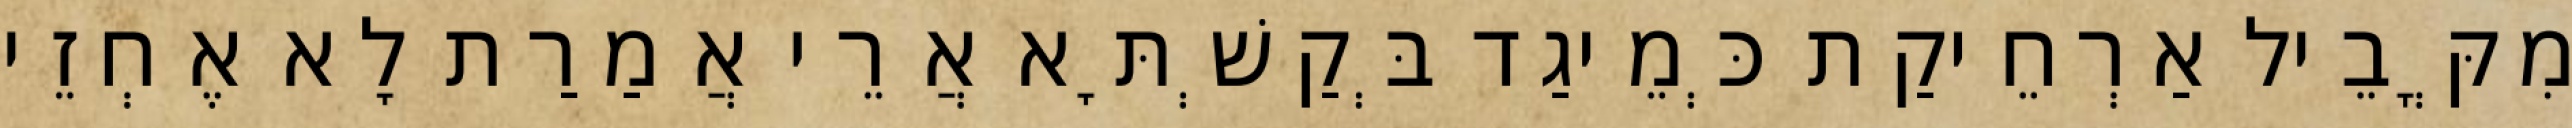
מִקֳּבֵיל אַרְחֵיקַת כְּמֵיגַד בְּקַשְׁתָּא אֲרֵי אֲמַרַת לָא אֶחְזֵי